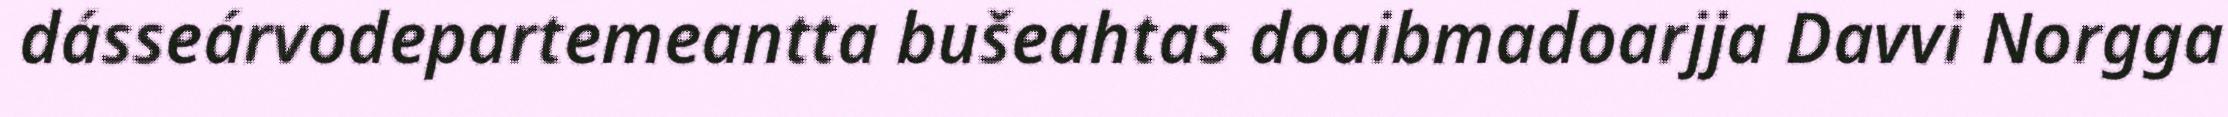
dásseárvodepartemeantta bušeahtas doaibmadoarjja Davvi Norgga